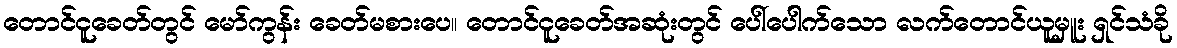
တောင်ငူခေတ်တွင် မော်ကွန်း ခေတ်မစားပေ။ တောင်ငူခေတ်အဆုံးတွင် ပေါ်ပေါက်သော လက်တောင်ယူမှူး ရှင်သံခို